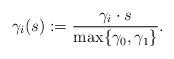
LaTeX: \begin{align*}\gamma _i (s) := \frac{\gamma _i \cdot s}{\max \{ \gamma _0 , \gamma _1 \}} .\end{align*}